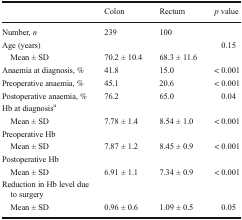
|  | Colon | Rectum | p value |
 | --- | --- | --- | --- |
 | Number, n | 239 | 100 |  |
 | Age (years) |  |  | 0.15 |
 | Mean ± SD | 70.2 ± 10.4 | 68.3 ± 11.6 |  |
 | Anaemia at diagnosis, % | 41.8 | 15.0 | < 0.001 |
 | Preoperative anaemia, % | 45.1 | 20.6 | < 0.001 |
 | Postoperative anaemia, % | 76.2 | 65.0 | 0.04 |
 | <COLSPAN=4> Hb at diagnosisa |
 | Mean ± SD | 7.78 ± 1.4 | 8.54 ± 1.0 | < 0.001 |
 | <COLSPAN=4> Preoperative Hb |
 | Mean ± SD | 7.87 ± 1.2 | 8.45 ± 0.9 | < 0.001 |
 | <COLSPAN=4> Postoperative Hb |
 | Mean ± SD | 6.91 ± 1.1 | 7.34 ± 0.9 | < 0.001 |
 | <COLSPAN=4> Reduction in Hb level due to surgery |
 | Mean ± SD | 0.96 ± 0.6 | 1.09 ± 0.5 | 0.05 |